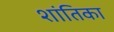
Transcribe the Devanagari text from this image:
शांतिका